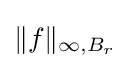
\|f\|_{\infty ,B_{r}}